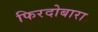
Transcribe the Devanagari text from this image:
फिरदोबारा